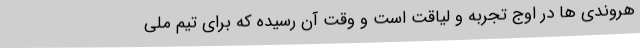
هروندی ها در اوج تجربه و لیاقت است و وقت آن رسیده که برای تیم ملی